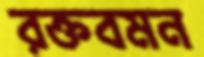
রক্তবমন